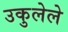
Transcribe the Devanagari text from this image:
उकुलेले